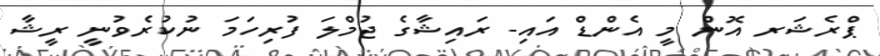
ޕްރެޝަރ އޮން މީ އެންޑް އައި- ރައިޝާގެ ޖުމްލަ ފުރިހަމަ ނުކުރެވުނީ ރީޝާ